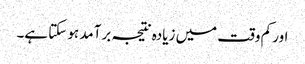
اور کم وقت میں زیادہ نتیجہ برآمد ہو سکتا ہے۔